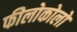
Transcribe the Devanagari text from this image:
फीलोकोलो